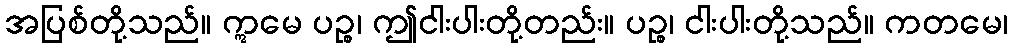
အပြစ်တို့သည်။ ဣမေ ပဉ္စ၊ ဤငါးပါးတို့တည်း။ ပဉ္စ၊ ငါးပါးတို့သည်။ ကတမေ၊